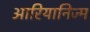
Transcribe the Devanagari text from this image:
आरियानिज्म